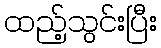
ထည့်သွင်းပြီး